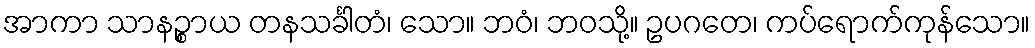
အာကာ သာနဉ္စာယ တနသင်္ခါတံ၊ သော။ ဘဝံ၊ ဘဝသို့။ ဥပဂတေ၊ ကပ်ရောက်ကုန်သော။